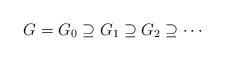
LaTeX: \begin{align*}G = G_0 \supseteq G_1 \supseteq G_2 \supseteq \cdots \end{align*}